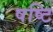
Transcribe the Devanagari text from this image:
षष्टि